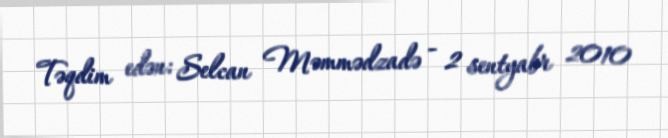
Təqdim edən: Selcan Məmmədzadə - 2 sentyabr 2010